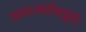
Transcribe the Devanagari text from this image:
कवयःमनीषाहृदि